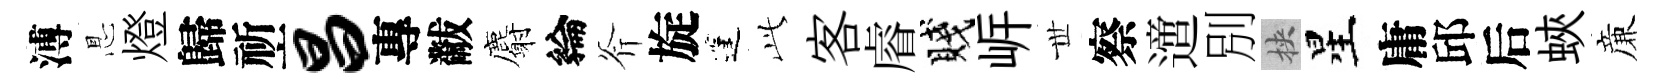
溥㤙燈歸祈昌專黻麝綸斧旋蓬𬼘客𥈠賤㟁𠀍察𨗁別挾星庸邱后蛺亷